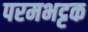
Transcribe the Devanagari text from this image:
परमभट्टक